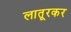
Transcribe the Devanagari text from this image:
लातूरकर